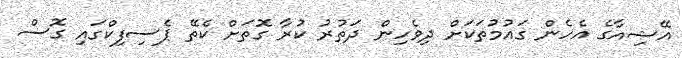
އޭޝިއާގެ އެހެން ގައުމުތަކަށް ދިވެހިން ދަތުރު ކުރާ ގޮތަށް ކެތޭ ޕެސިފިކްގައި ގޮސް